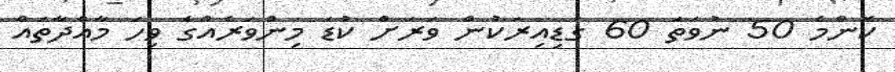
ކޮންމެ 50 ނުވަތަ 60 ގަޑިއިރަކުން ވަރަށް ކުޑަ މިންވަރެއްގެ ވިހަ މާއްދާތައް